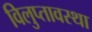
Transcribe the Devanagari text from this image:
विलुप्‍तावस्‍था